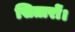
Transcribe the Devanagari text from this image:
सितारों।